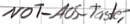
Text: Not-AUS-Taster